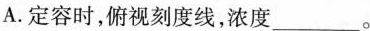
A.定容时，俯视刻度线，浓度___。